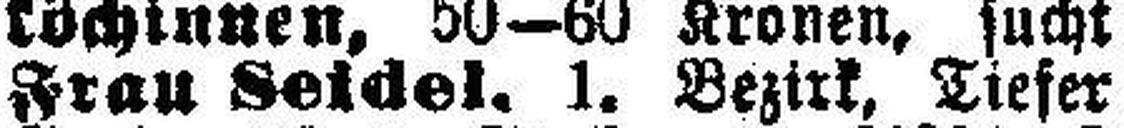
Frau Seidel, 1. Bezirk, Tiefer